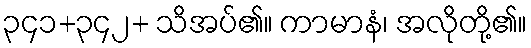
၃၄၁+၃၄၂+ သိအပ်၏။ ကာမာနံ၊ အလိုတို့၏။